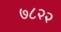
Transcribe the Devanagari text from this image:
७८२२